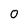
Character: O